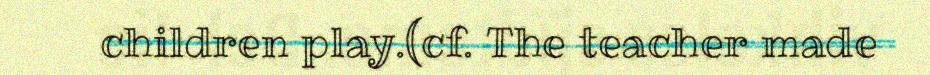
children play.(cf. The teacher made